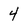
Character: 4